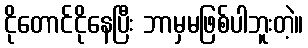
ငိုတောင်ငိုနေပြီး ဘာမှမဖြစ်ပါဘူးတဲ့။